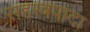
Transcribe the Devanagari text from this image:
सहस्त्रपादा